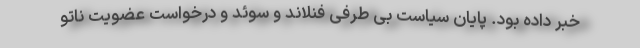
خبر داده بود. پایان سیاست بی طرفی فنلاند و سوئد و درخواست عضویت ناتو